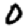
Digit: 0